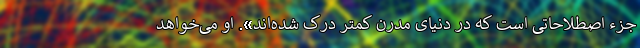
جزء اصطلاحاتی است که در دنیای مدرن کمتر درک شده‌اند». او می‌خواهد